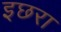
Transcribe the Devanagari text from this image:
इछरा